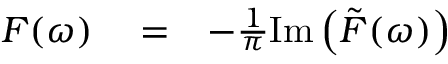
\begin{array} { r l r } { F ( \omega ) } & { { } = } & { - \frac { 1 } { \pi } \mathrm { I m } \left( \tilde { F } ( \omega ) \right) } \end{array}